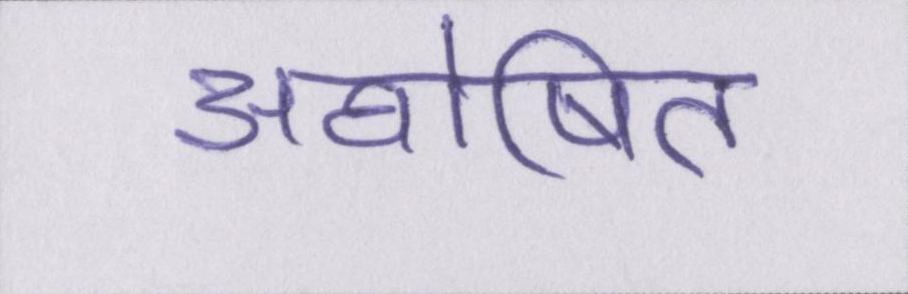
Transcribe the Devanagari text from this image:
अघोषित